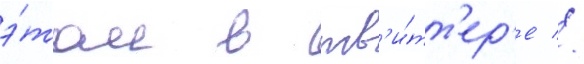
э́том в тв'и́тт'ер'е //